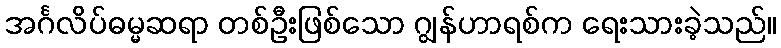
အင်္ဂလိပ်ဓမ္မဆရာ တစ်ဦးဖြစ်သော ဂျွန်ဟာရစ်က ရေးသားခဲ့သည်။